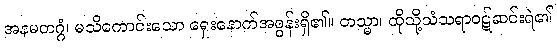
အနမတဂ္ဂံ၊ မသိကောင်းသော ရှေးနောက်အစွန်းရှိ၏။ တသ္မာ၊ ထိုသို့သံသရာဝဋ်ဆင်းရဲ၏